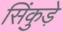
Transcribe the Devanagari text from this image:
सिंकुड़े